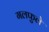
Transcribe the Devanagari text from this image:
गलफुले